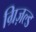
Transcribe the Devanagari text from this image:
ग्रिज़ल्ड